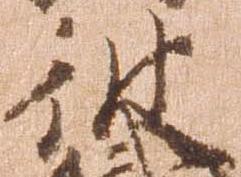
彼